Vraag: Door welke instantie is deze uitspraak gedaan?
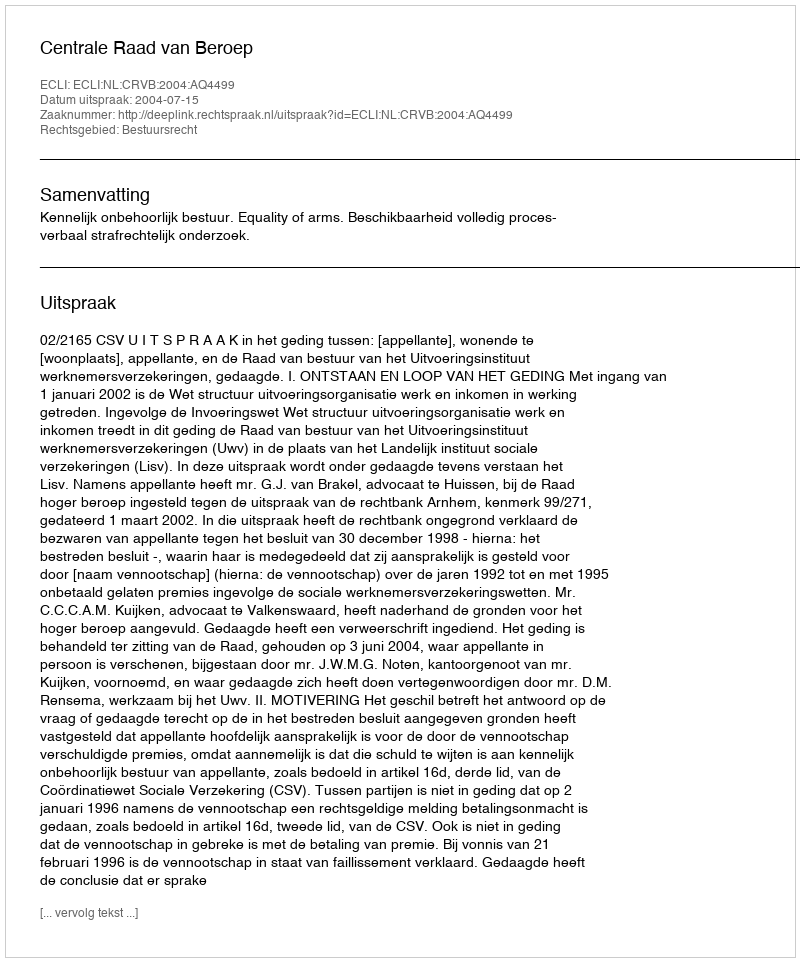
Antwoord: Centrale Raad van Beroep